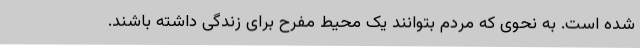
شده است. به نحوی که مردم بتوانند یک محیط مفرح برای زندگی داشته باشند.